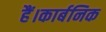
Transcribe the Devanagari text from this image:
हैं।कार्बनिक